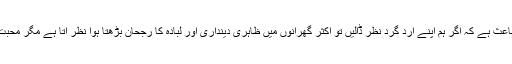
ایک بات انتہائی افسوس بلکہ دکھ کا باعث ہے کہ اگر ہم اپنے ارد گرد نظر ڈالیں تو اکثر گھرانوں میں ظاہری دینداری اور لبادہ کا رجحان بڑھتا ہوا نظر آتا ہے مگر محبت و اخو ّت اور ہم آہنگی نظر نہیں آتی۔